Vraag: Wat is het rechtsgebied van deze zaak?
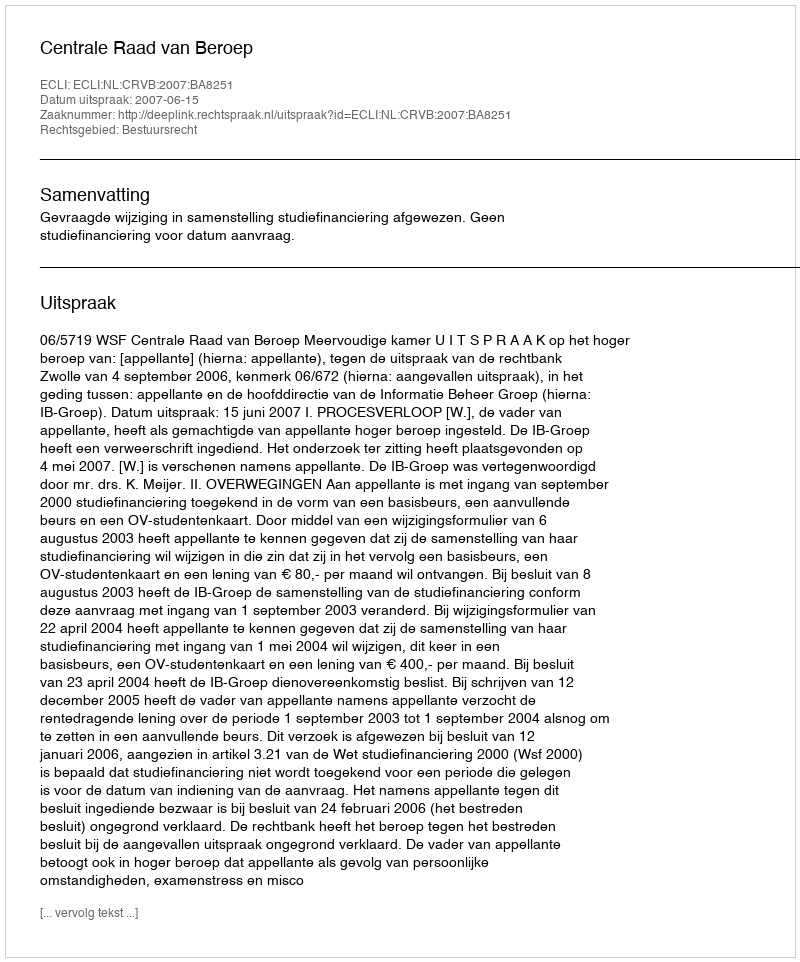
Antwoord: Bestuursrecht